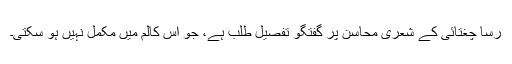
رساؔ چغتائی کے شعری محاسن پر گفتگو تفصیل طلب ہے، جو اس کالم میں مکمل نہیں ہو سکتی۔